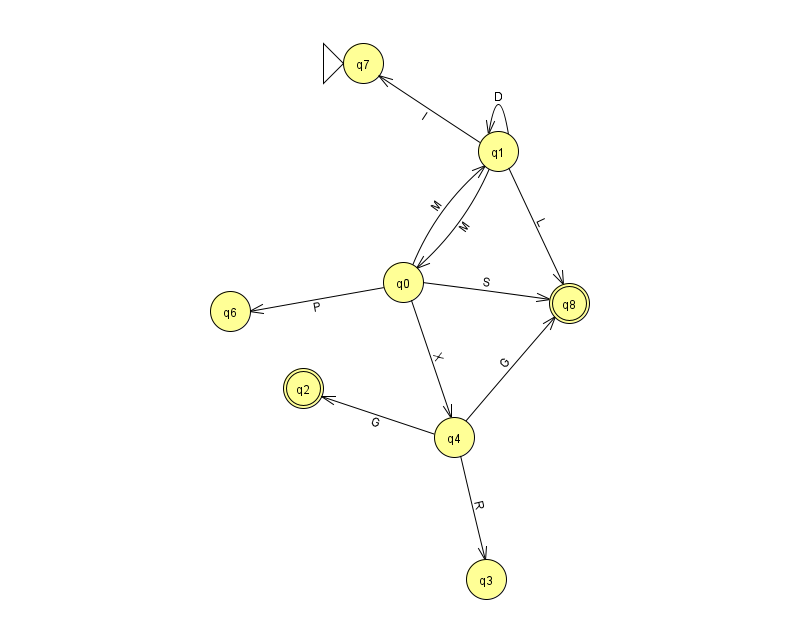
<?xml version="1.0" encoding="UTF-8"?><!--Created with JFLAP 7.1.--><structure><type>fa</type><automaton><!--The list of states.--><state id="0" name="q0"><x>403.0</x><y>269.0</y></state><state id="1" name="q1"><x>498.0</x><y>138.0</y></state><state id="2" name="q2"><x>303.0</x><y>375.0</y><final/></state><state id="3" name="q3"><x>486.0</x><y>566.0</y></state><state id="4" name="q4"><x>454.0</x><y>424.0</y></state><state id="6" name="q6"><x>230.0</x><y>298.0</y></state><state id="7" name="q7"><x>363.0</x><y>50.0</y><initial/></state><state id="8" name="q8"><x>569.0</x><y>290.0</y><final/></state><!--The list of transitions.--><transition><from>1</from><to>7</to><read>l</read></transition><transition><from>4</from><to>3</to><read>R</read></transition><transition><from>0</from><to>8</to><read>S</read></transition><transition><from>4</from><to>8</to><read>G</read></transition><transition><from>1</from><to>1</to><read>D</read></transition><transition><from>4</from><to>2</to><read>G</read></transition><transition><from>0</from><to>4</to><read>X</read></transition><transition><from>0</from><to>1</to><read>M</read></transition><transition><from>0</from><to>6</to><read>P</read></transition><transition><from>1</from><to>0</to><read>M</read></transition><transition><from>1</from><to>8</to><read>L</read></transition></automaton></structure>